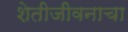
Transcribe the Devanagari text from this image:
शेतीजीवनाचा